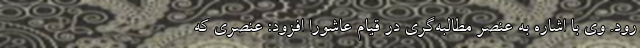
رود. وی با اشاره به عنصر مطالبه‌گری در قیام عاشورا افزود: عنصری که